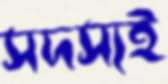
সদস্যই